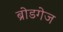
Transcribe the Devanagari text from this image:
ब्रोडगेज